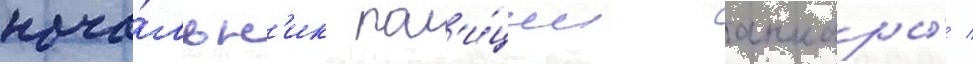
нача́льн'ик пол'и́ции анкары́ /